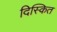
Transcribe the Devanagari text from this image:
दिस्कित